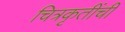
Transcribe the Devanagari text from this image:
चित्रकृतींची